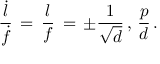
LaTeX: { \frac { \dot { l } } { \dot { f } } } \, = \, { \frac { l } { f } } \, = \, \pm { \frac { 1 } { \sqrt { d } } } \, , \, { \frac { p } { d } } \, .